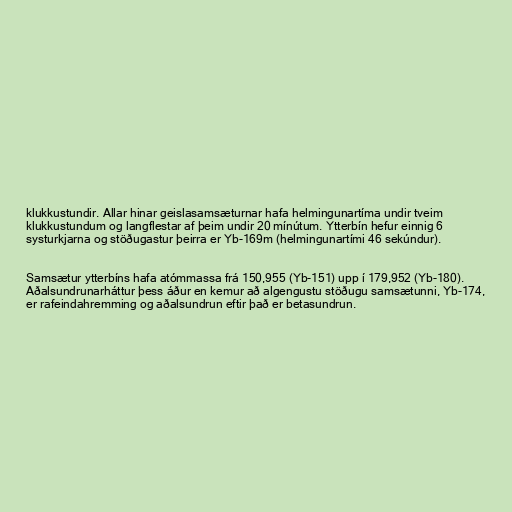
klukkustundir. Allar hinar geislasamsæturnar hafa helmingunartíma undir tveim
klukkustundum og langflestar af þeim undir 20 mínútum. Ytterbín hefur einnig 6
systurkjarna og stöðugastur þeirra er Yb-169m (helmingunartími 46 sekúndur).

Samsætur ytterbíns hafa atómmassa frá 150,955 (Yb-151) upp í 179,952 (Yb-180).
Aðalsundrunarháttur þess áður en kemur að algengustu stöðugu samsætunni, Yb-174,
er rafeindahremming og aðalsundrun eftir það er betasundrun.